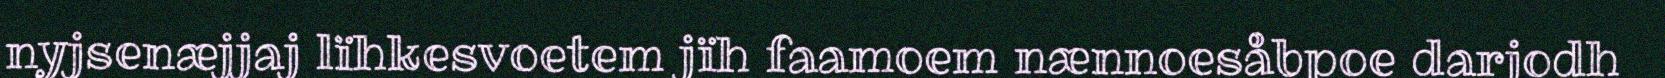
nyjsenæjjaj lïhkesvoetem jïh faamoem nænnoesåbpoe darjodh